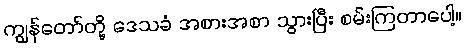
ကျွန်တော်တို့ ဒေသခံ အစားအစာ သွားပြီး စမ်းကြတာပေါ့။